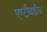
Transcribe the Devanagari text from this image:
एण्टीबडीज